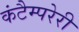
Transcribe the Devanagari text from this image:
कंटैम्परेरी